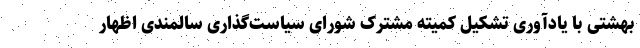
بهشتی با یادآوری تشکیل کمیته مشترک شورای سیاست‌گذاری سالمندی اظهار